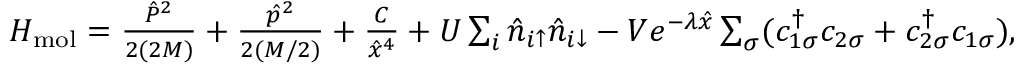
\begin{array} { r } { H _ { \mathrm { m o l } } = \frac { \hat { P } ^ { 2 } } { 2 ( 2 M ) } + \frac { \hat { p } ^ { 2 } } { 2 ( M / 2 ) } + \frac { C } { \hat { x } ^ { 4 } } + U \sum _ { i } \hat { n } _ { i \uparrow } \hat { n } _ { i \downarrow } - V e ^ { - \lambda \hat { x } } \sum _ { \sigma } ( c _ { 1 \sigma } ^ { \dagger } c _ { 2 \sigma } + c _ { 2 \sigma } ^ { \dagger } c _ { 1 \sigma } ) , } \end{array}